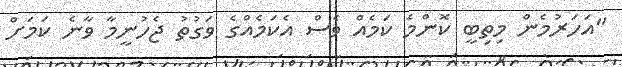
"އަހަރުމެން މިތިބީ ކޮންމެ ކަމެއް ވެސް އެކަމެއްގެ ވަގުތު ޖެހުނީމާ ވާނެ ކަމަށް